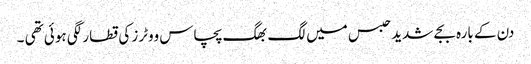
دن کے بارہ بجے شدید حبس میں لگ بھگ پچاس ووٹرز کی قطار لگی ہوئی تھی ۔